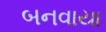
બનવાયા